Serum-therapy of plague in India - Number 20
Disease focus: Plague
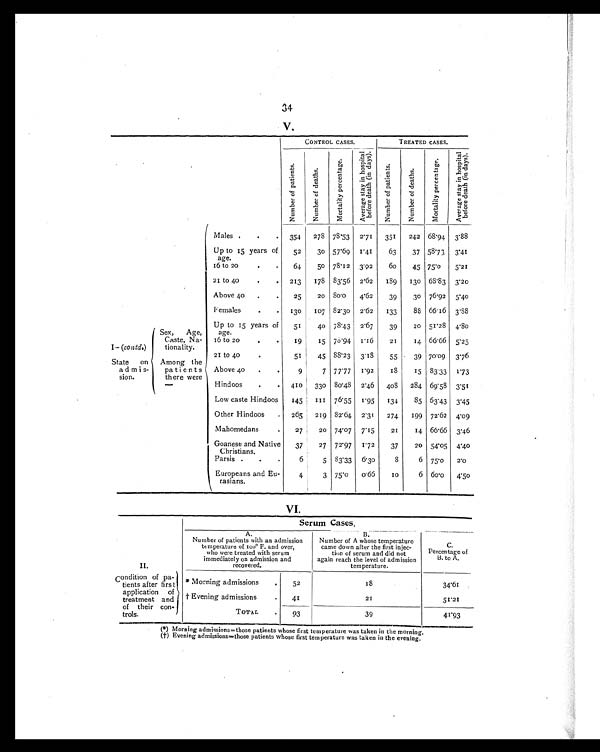
34
V.
CONTROL CASES.
TREATED CASES.
N u m b e r o f p a t i e n t s .
N u m b e r o f d e a t h s .
M o r t a l i t y p e r c e n t a g e .
A v e r a g e s t a y i n h o s p i t a l b e f o r e d e a t h ( i n d a y s ) .
N u m b e r o f p a t i e n t s .
N u m b e r o f d e a t h s .
M o r t a l i t y p e r c e n t a g e .
A v e r a g e s t a y i n h o s p i t a l b e f o r e d e a t h ( i n d a y s ) .
I - ( contd.
) S t a t e o n
admis-
sion.
Sex, Age,
Caste, Na-
tionality.
Among the
patients
there were—
Males .
.
.
354
278 78.53
2.71
351
242 68.94 3.88
Up to 15 years of
age.
52
30 57.69
1.41
63
37 58.73
3.41
16 to 20
. .
64
50 78.12 3.02
60
45 75.0
5.21
21 to 40
.
.
213
178 83.56 2.62
189
130 68.83 3.20
Above 40
.
.
25
20
8 0 . 0
4.62
39
30 76.92
5.40
Females
.
.
130
107 82.30
2.62
133
88 66.16 3.88
Up to 15 years of
age.
51
40 78.43
2.67
39
20 51.28 4.80
16 to 20
.
.
19
15 70.94 1.16
21
14 66.66 5.25
21 to 40
.
51
45 88.23
3.18
55
39 70.09
3.76
Above 40
.
.
9
7 77.77
1.92
1 8
15 83.33 1.73
Hindoos
.
. 410
330 80.48 2.46
408
284 69.58 3.51
Low caste Hindoos
145
1 1 1 76.55
1.95
134
85 63.43 3.45
Other Hindoos
. 265
219 82.64 2.31
274
199 72.62 4.09
Mahomedans
.
27
20 74.07
7.15
21
14 66.66 3.46
Goanese and Native
Christians.
37
27 72.97
1.72
37
20 54.05 4.40
Parsis .
.
.
6
5 83.33
6.30
8
6 75.0
2 0
Europeans and Eu-
rasians.
4
3 75.0
0.66
1 0
6 60.0
4.50
VI.
Serum Cases.
II.
A.
Number of patients with an admission
temperature of 100° F. and over,
who were treated with serum
immediately on admission and
r e c o v e r e d .
B.
Number of A whose temperature
came down after the first injec-
tion of serum and did not
again reach the level of admission
temperature.
C
. P e r c e n t a g e o f
B. to A.
Condition of pa-
tients after firs
application of
treatment and
of their con-
trols.
* Morning admissions
.
52
18
34.61
†
Evening admissions
.
41
21
51.2I
TOTAL
.
93
39
41.93
(*) Morning admissions=those patients whose first temperature was taken in the morning.
(†) Evening admissions=those patients whose first temperature was taken in the evening.